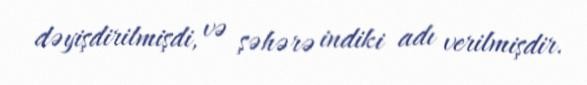
dəyişdirilmişdi, və şəhərə indiki adı verilmişdir.